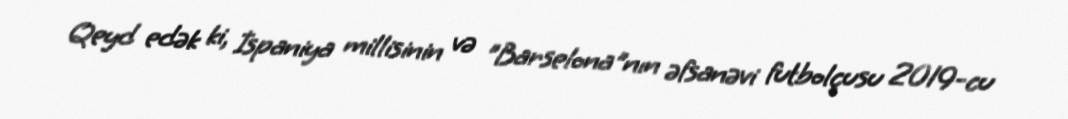
Qeyd edək ki, İspaniya millisinin və "Barselona"nın əfsanəvi futbolçusu 2019-cu